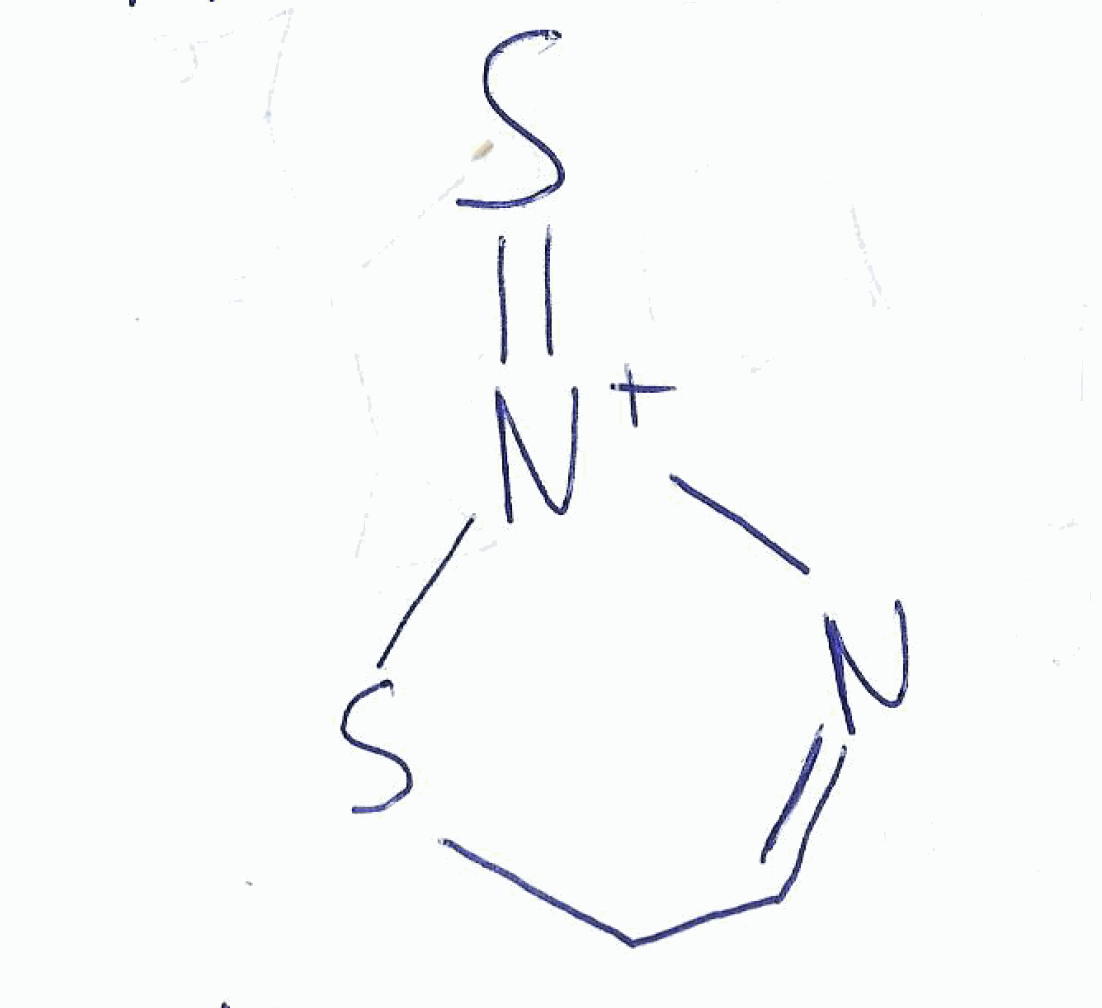
Simplified molecular-input line-entry system (SMILES) notation of the given molecule:
C1C=N[N+](=S)S1